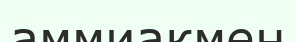
аммиакмен